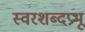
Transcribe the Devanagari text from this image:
स्वरशब्दप्रभू